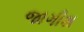
જાગીશ